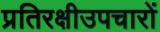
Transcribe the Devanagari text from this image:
प्रतिरक्षीउपचारों